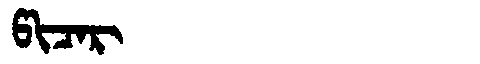
Manchu: ᡦᡳᠴᠠᡵ
Romanization: PICAR